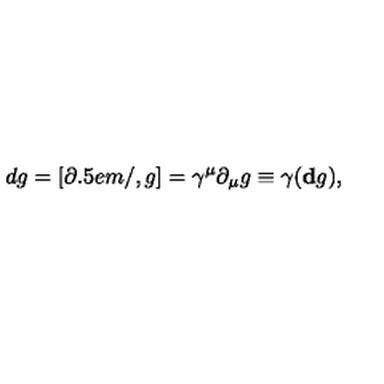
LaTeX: d g = [ \partial \kern - 0 . 5 e m / , g ] = \gamma ^ { \mu } \partial _ { \mu } g \equiv \gamma ( { \bf d } g ) ,